65_HS1-834228961_62-HQ-83894_Section_9
Agency: FBI
Page 144
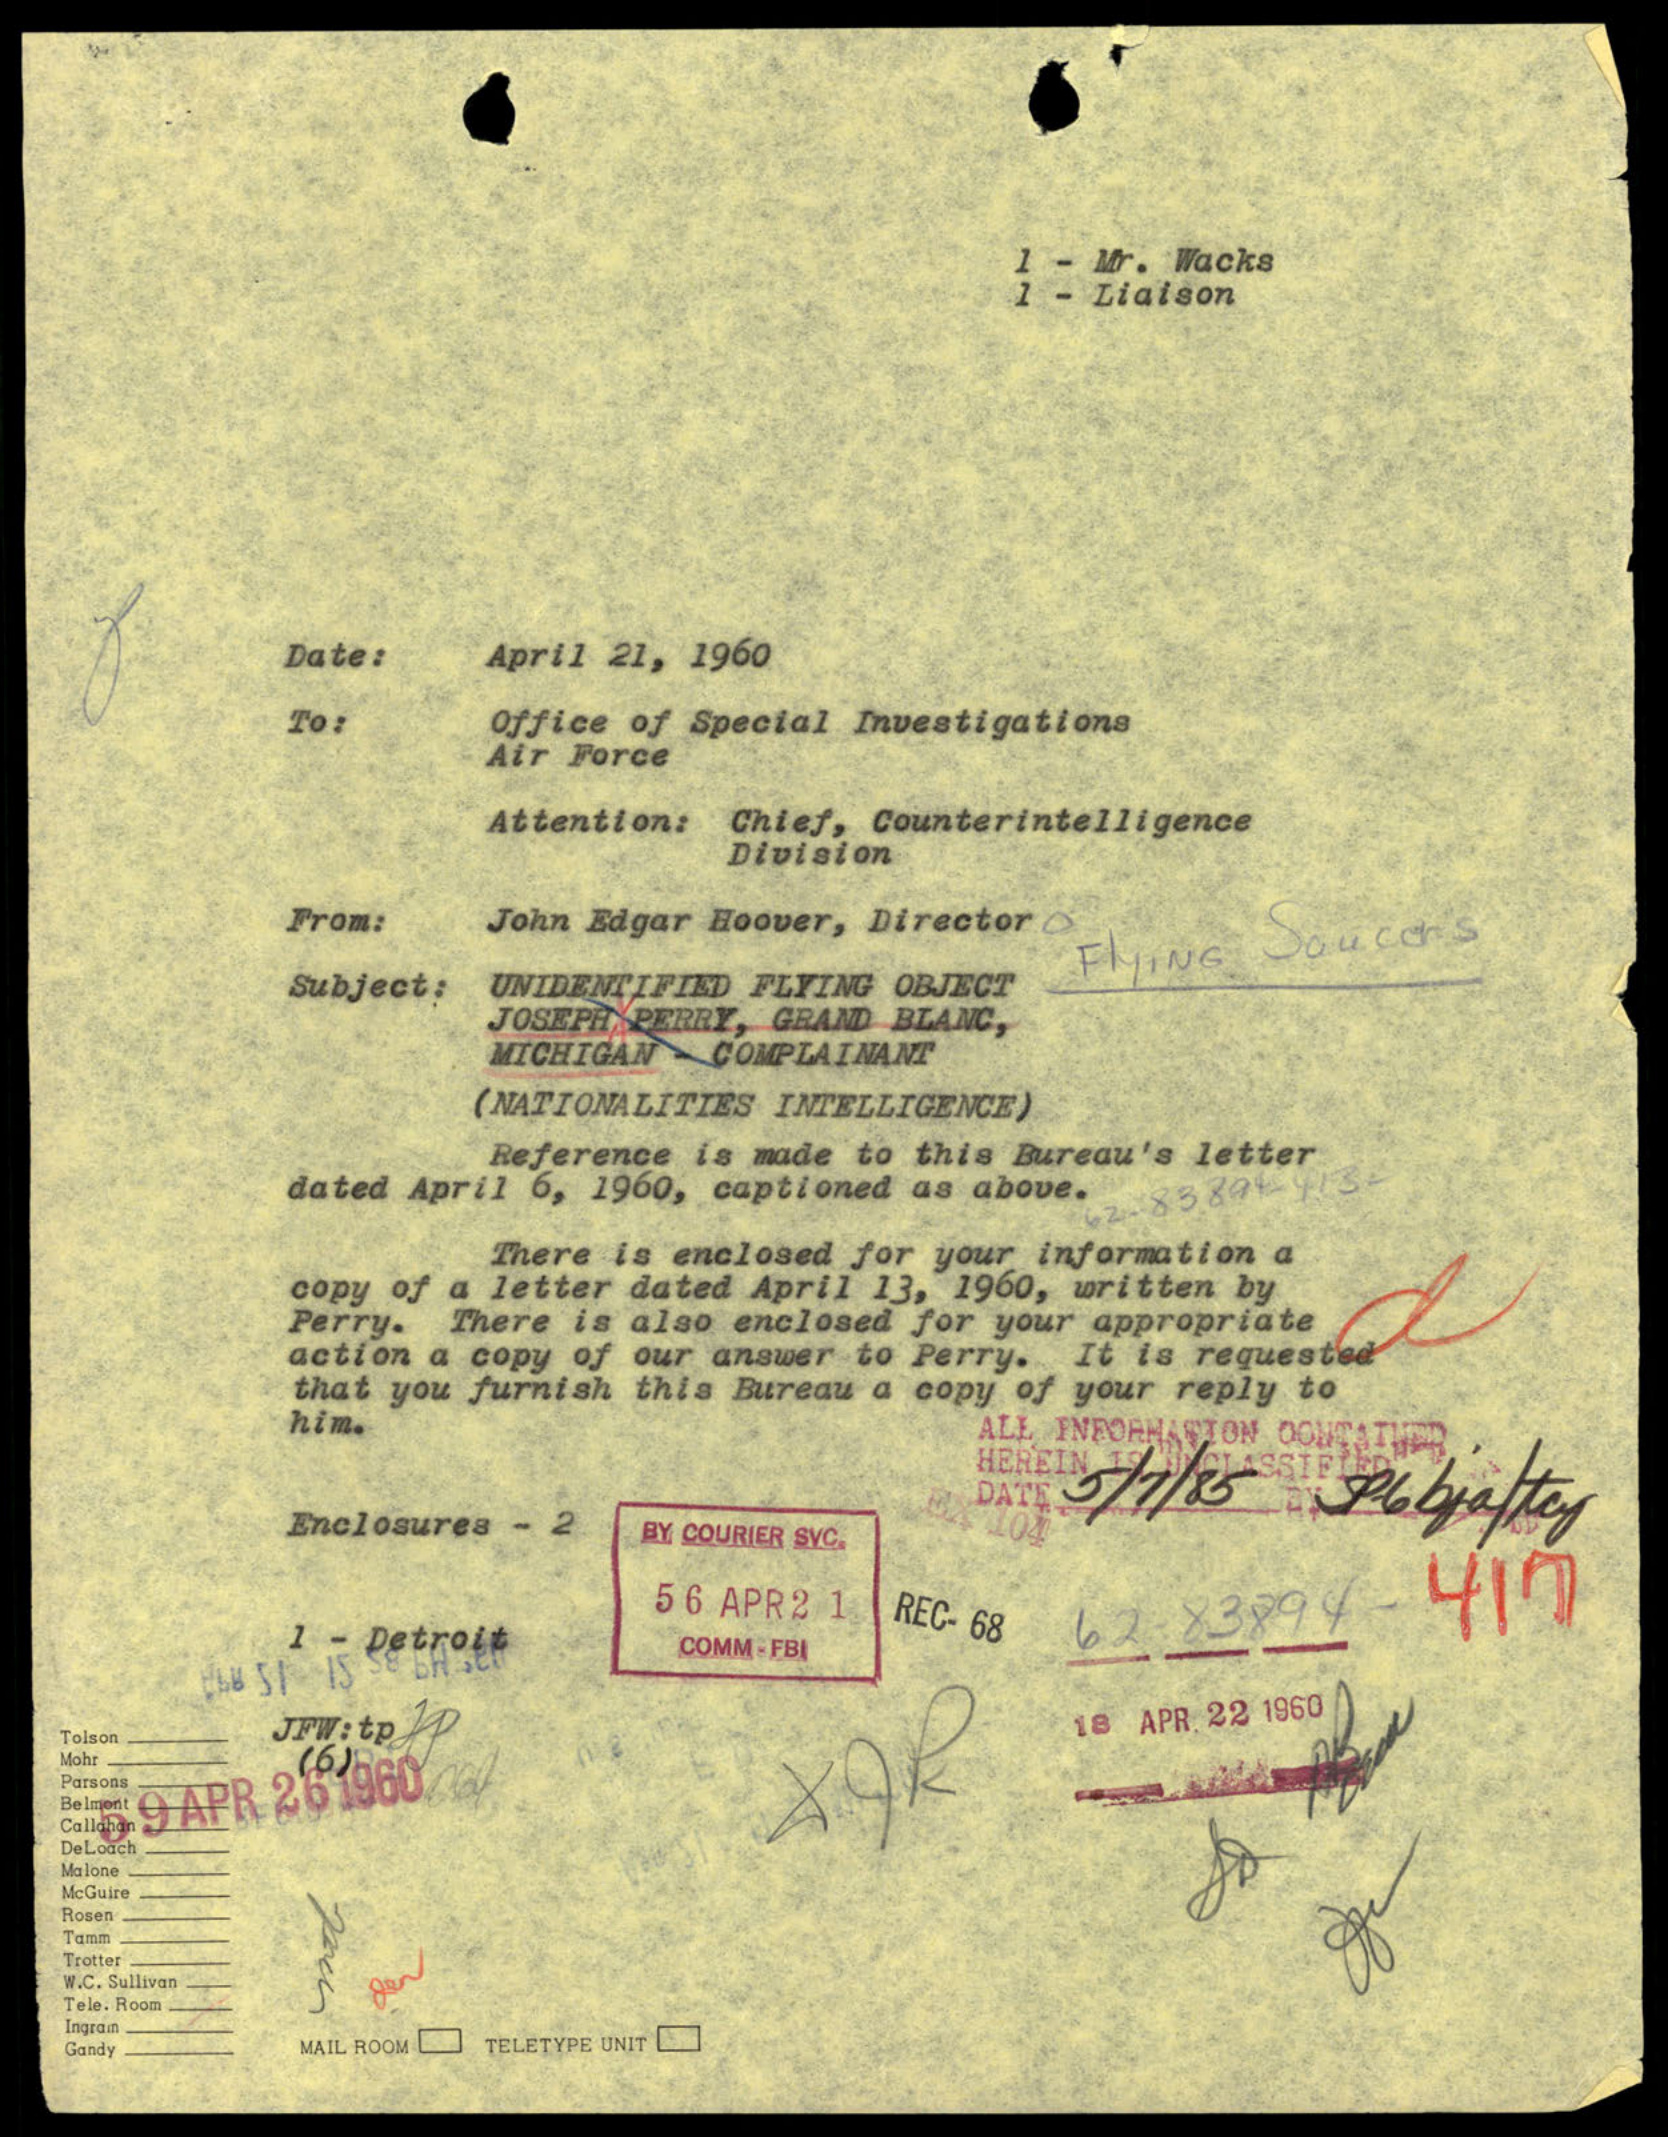